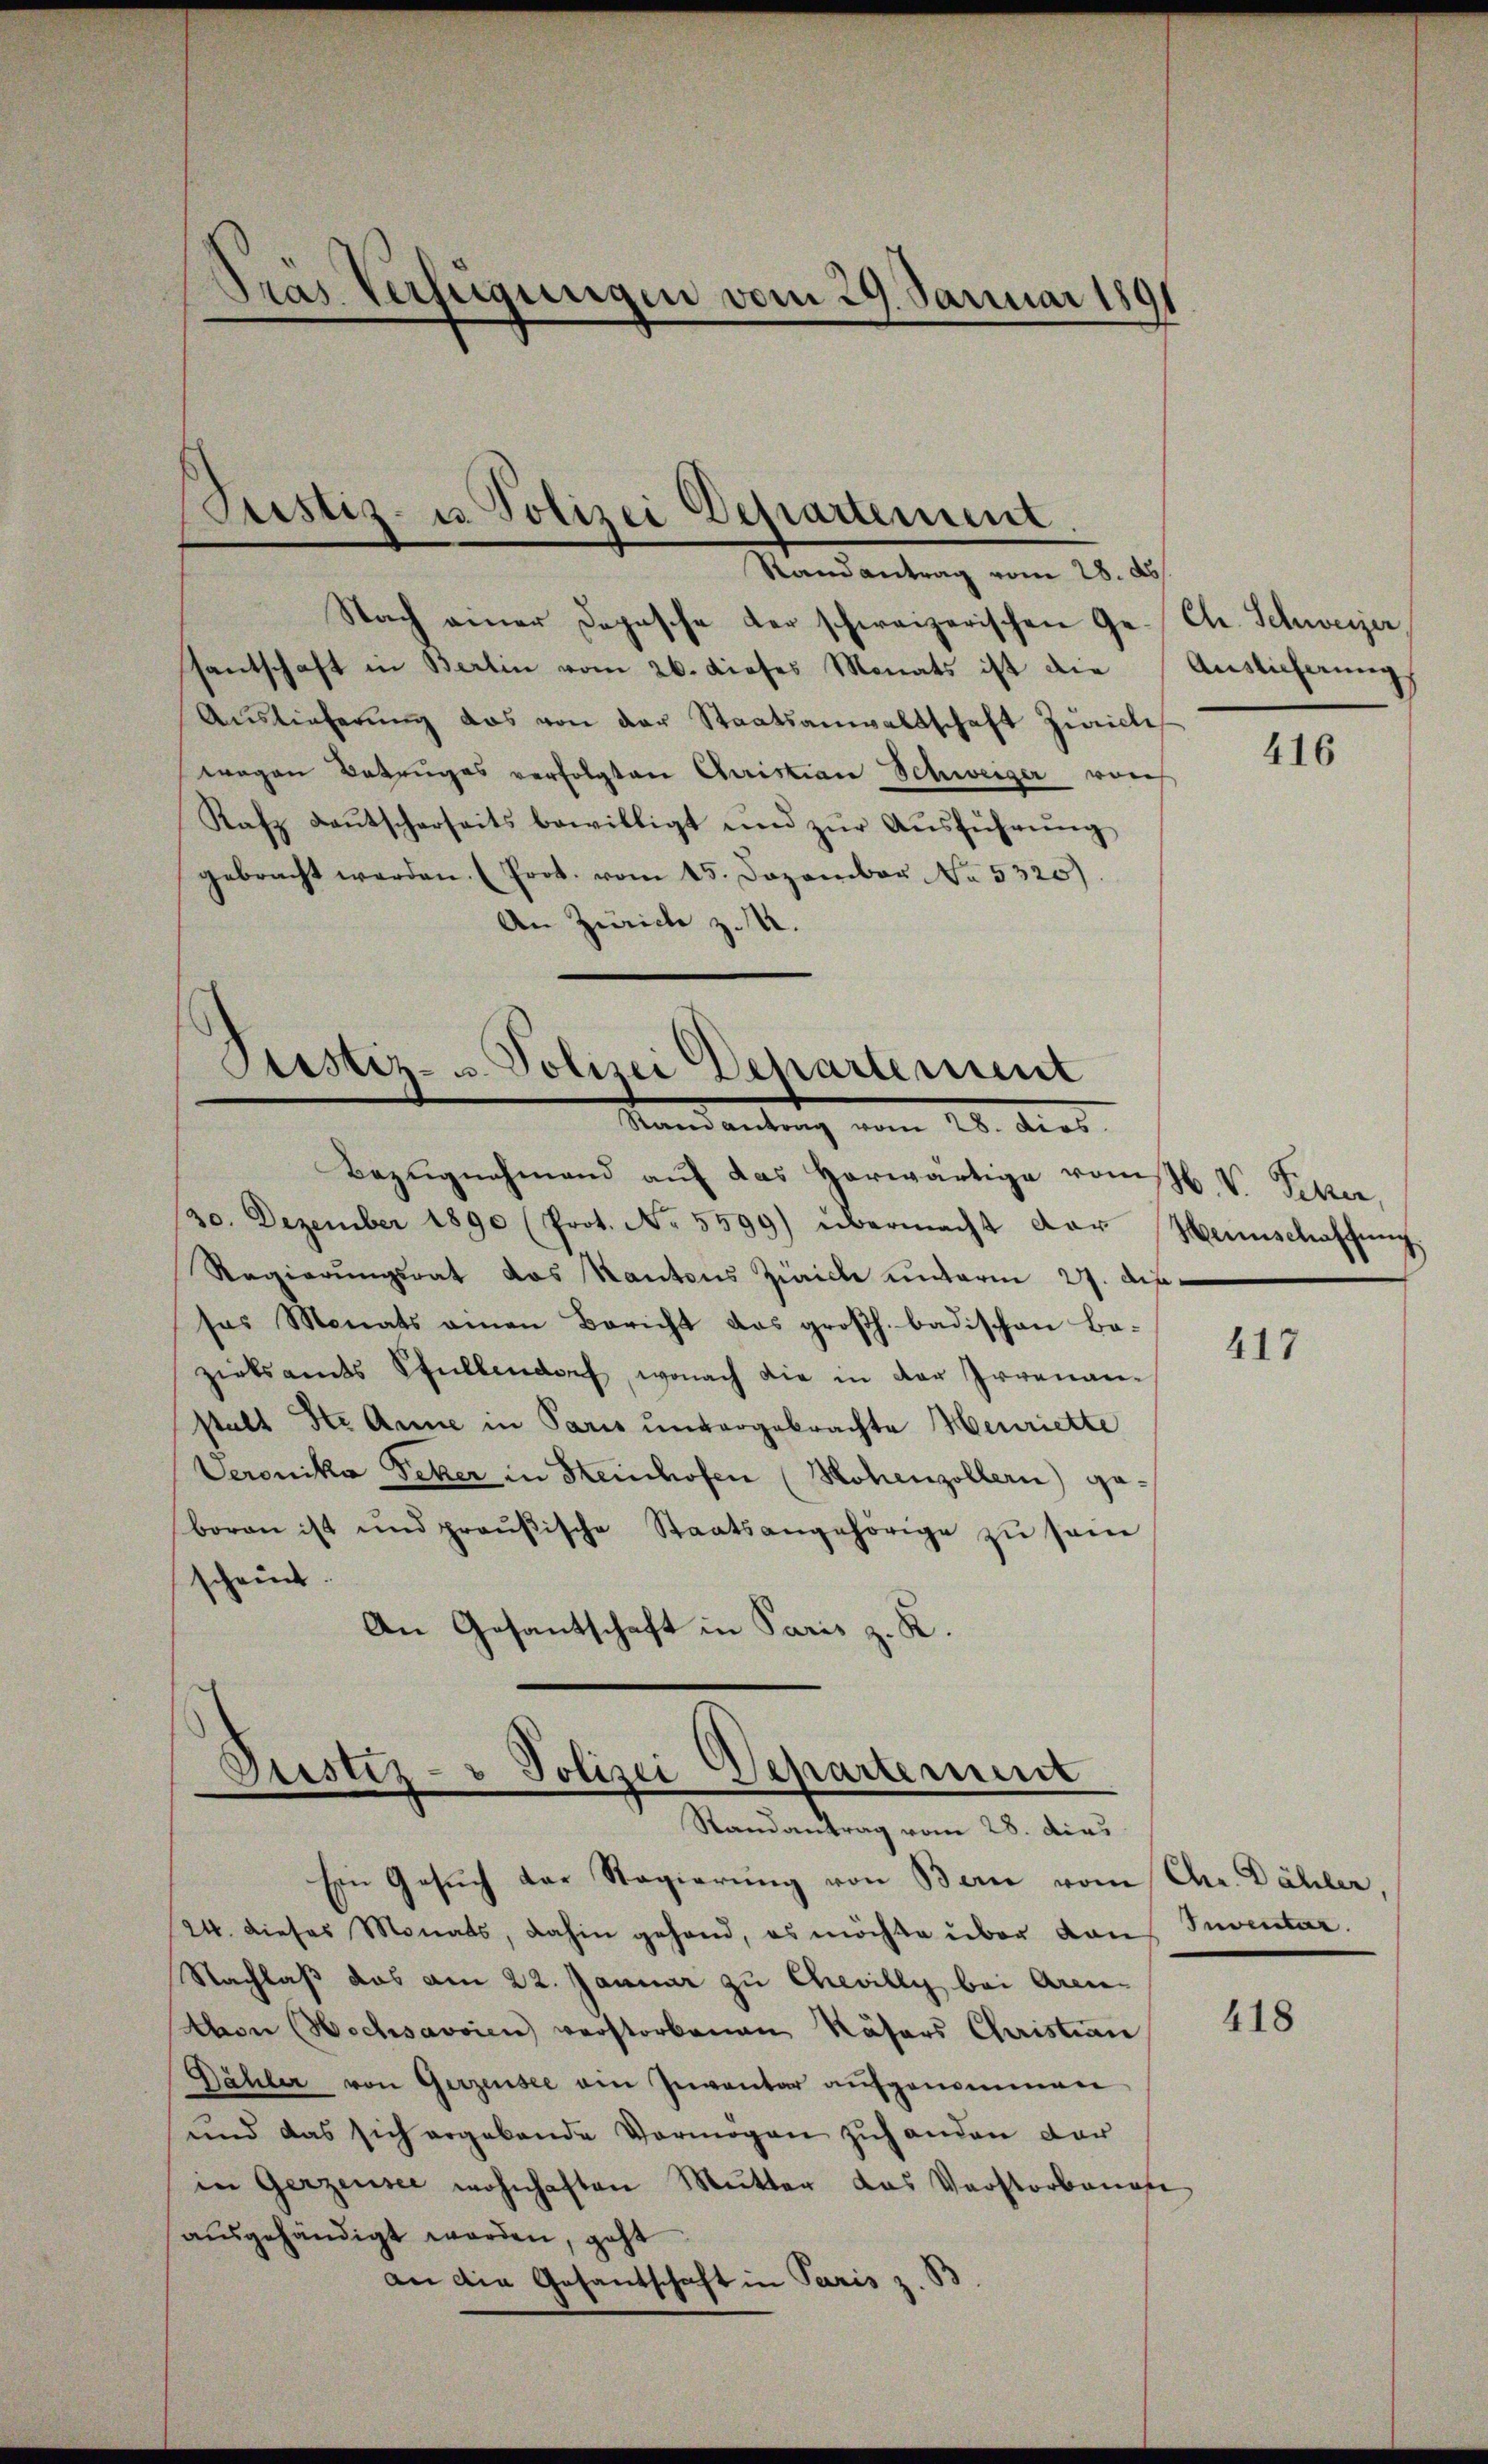
Pras Verfügungen vom 29. Januar 189

Justiz- u. Polizei Departement.
Randantrag vom 28. ds

Nach einer Dopasche der schweizerischen Ge- Ch. Schweizer,
santschaft in Berlin vom 26. dieses Monats ist die Auslieferung
Auslieferŭng das von der Staatsanwaltschaft Zürich
wagen Betruges verfolgten Christian Schweiger von
Kafz Laŭtscherseits bewilligt und zŭr Aŭsführŭng
gebracht werden. (Prot. vom 15. Dezember No. 5320)
An Zürich z. M.
Justiz- u. Polizei Departement

Mandantung vom 26. dies

Bezŭgnehmend auf das herwärtige vom V. Peter,
30. Dezember 1890 (Prot. No. 5599) übermacht der Mannschaffŭng
Regierŭngsrat das Kantons Zürich unterm 27. dipsas Monats einen Bericht das großh. badischen Ba-
zirksamts Pfullendorf, wonach die in der Irrenanstalt Str. Anne in Paris untergebrachte Henriette
Veronika Feker in Steinhofen (Hohenzollern) geboran ist und preußische Staatsangehörige zŭ sein
scheint.
An Gesantschaft in Paris z. K.

Gustiz- & Polizei Departement
e
Randantrag vom 28. dies

Ein Gesuch der Regierung von Bern vom Chr. Dähler,
24. dieses Monats, dahin gehend, es möchte über den Inventar.
Nachlaß das am 22. Januar zu Chevilly bei Aren¬
Mon Wechsavoien verstorbenen Näfers Christian
Bähler von Gerzensee ain Inventar aufgenommen
und das sich ergebende Vermögen zuhanden der
in Gerzensee wohnhaften Mutter das Verstorbenese
ausgehändigt worden, geht
an die Gesantschaft in Paris z. B

416

417

418